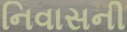
નિવાસની